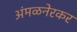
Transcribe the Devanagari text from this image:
अंमळनेरकर